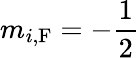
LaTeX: m_{i,\textrm{F}}=-\frac{1}{2}